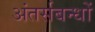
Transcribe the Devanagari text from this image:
अंतर्सबन्धों